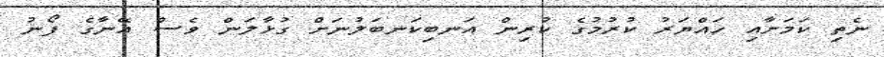
ނެތި ކަމަށާއި ހައްޔަރު ކުރުމުގެ ކުރިން އަނބިކަނބަލުނަށް ގުޅާލަން ވެސް އޭނާގެ ފޯނު